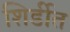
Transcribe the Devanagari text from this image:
शिर्डीत